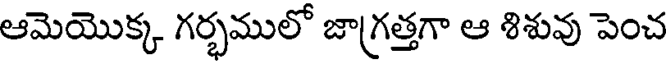
ఆమెయొక్క గర్భములో జాగ్రత్తగా ఆ శిశువు పెంచ